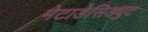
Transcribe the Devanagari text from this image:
मेटाडेसिड्युट